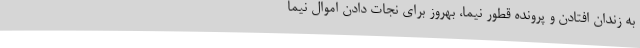
به زندان افتادن و پرونده قطور نیما، بهروز برای نجات دادن اموال نیما